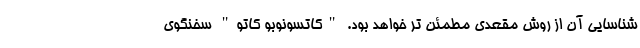
شناسایی آن از روش مقعدی مطمئن تر خواهد بود. "کاتسونوبو کاتو" سخنگوی